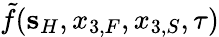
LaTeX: \tilde{f}({\mathbf s}_{H},x_{3,F},x_{3,S},\tau)